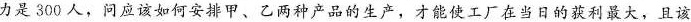
力是300人，问应该如何安排甲、乙两种产品的生产，才能使工厂在当日的获利最大，且该